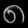
Digit: ၈